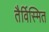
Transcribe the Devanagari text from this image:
तैर्विस्मित